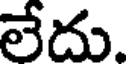
లేదు.